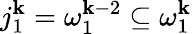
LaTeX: j_{1}^{\mathbf{k}}=\omega_{1}^{\mathbf{k}-2}\subseteq\omega_{1}^{\mathbf{k}}